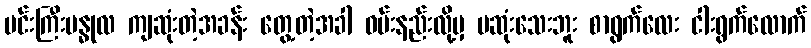
မင်းကြီးဗန္ဓုလ ကျဆုံးတဲ့အခန်း တွေ့တဲ့အခါ ဝမ်းနည်းလို့မှ မဆုံးသေးဘူး စာရွက်လေး ငါးရွက်လောက်